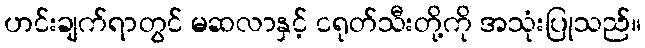
ဟင်းချက်ရာတွင် မဆလာနှင့် ငရုတ်သီးတို့ကို အသုံးပြုသည်။